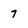
Character: 7